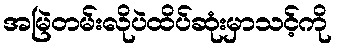
အမြဲတမ်းလိုပဲထိပ်ဆုံးမှာသင့်ကို